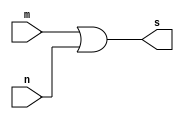
// --------------------------
// Exemplo0015 - OR
// Nome: Isabel Bicalho Amaro
// --------------------------
 

// --------------------------
// -- or gate
// --------------------------
  module orgate(output s, input m,n);
     assign s=m|n;
  endmodule // orgate  
  
  
// --------------------------
// -- test or gate
// --------------------------
  module testorgate;
  

// -------------------------- dados locais
  reg  a,b,c,d;
  wire s1,s2,s3;
  
  
// -------------------------- instancia
  orgate OR1(s1,a,b);
  orgate OR2(s2,c,d);
  orgate OR3(s3,s1,s2);
  

// -------------------------- preparacao
  initial begin:start
    a=0; b=0; c=0; d=0;
  end
  

// -------------------------- parte principal
  initial begin:main
        $display("Exemplo0015 - Isabel Bicalho Amaro - 451580");
        $display("Test OR gate");
        $display("\na b (a|b) c d (c|d) = (a|b)|(c|d)\n");
		  $monitor("%b %b   %b   %b %b   %b   =  %b",a,b,s1,c,d,s2,s3);
  #1 a=0; b=0; c=0; d=0;              
  #1 a=0; b=0; c=0; d=1;
  #1 a=0; b=0; c=1; d=0;
  #1 a=0; b=0; c=1; d=1;
  #1 a=0; b=1; c=0; d=0;
  #1 a=0; b=1; c=0; d=1;
  #1 a=0; b=1; c=1; d=0;
  #1 a=0; b=1; c=1; d=1;
  #1 a=1; b=0; c=0; d=0;              
  #1 a=1; b=0; c=0; d=1;
  #1 a=1; b=0; c=1; d=0;
  #1 a=1; b=0; c=1; d=1;
  #1 a=1; b=1; c=0; d=0;
  #1 a=1; b=1; c=0; d=1;
  #1 a=1; b=1; c=1; d=0;
  #1 a=1; b=1; c=1; d=1;
  end
  
endmodule // testorgate

 // -------------------
 // -- Testes
 // -------------------
 
// --    Exemplo0015 - Isabel Bicalho Amaro - 451580
// --    Test OR gate
// --    
// --    a b (a|b) c d (c|d) = (a|b)|(c|d)
// --    
// --    0 0   0   0 0   0   =  0
// --    0 0   0   0 1   1   =  1
// --    0 0   0   1 0   1   =  1
// --    0 0   0   1 1   1   =  1
// --    0 1   1   0 0   0   =  1
// --    0 1   1   0 1   1   =  1
// --    0 1   1   1 0   1   =  1
// --    0 1   1   1 1   1   =  1
// --    1 0   1   0 0   0   =  1
// --    1 0   1   0 1   1   =  1
// --    1 0   1   1 0   1   =  1
// --    1 0   1   1 1   1   =  1
// --    1 1   1   0 0   0   =  1
// --    1 1   1   0 1   1   =  1
// --    1 1   1   1 0   1   =  1
// --    1 1   1   1 1   1   =  1